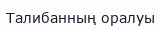
Талибанның оралуы